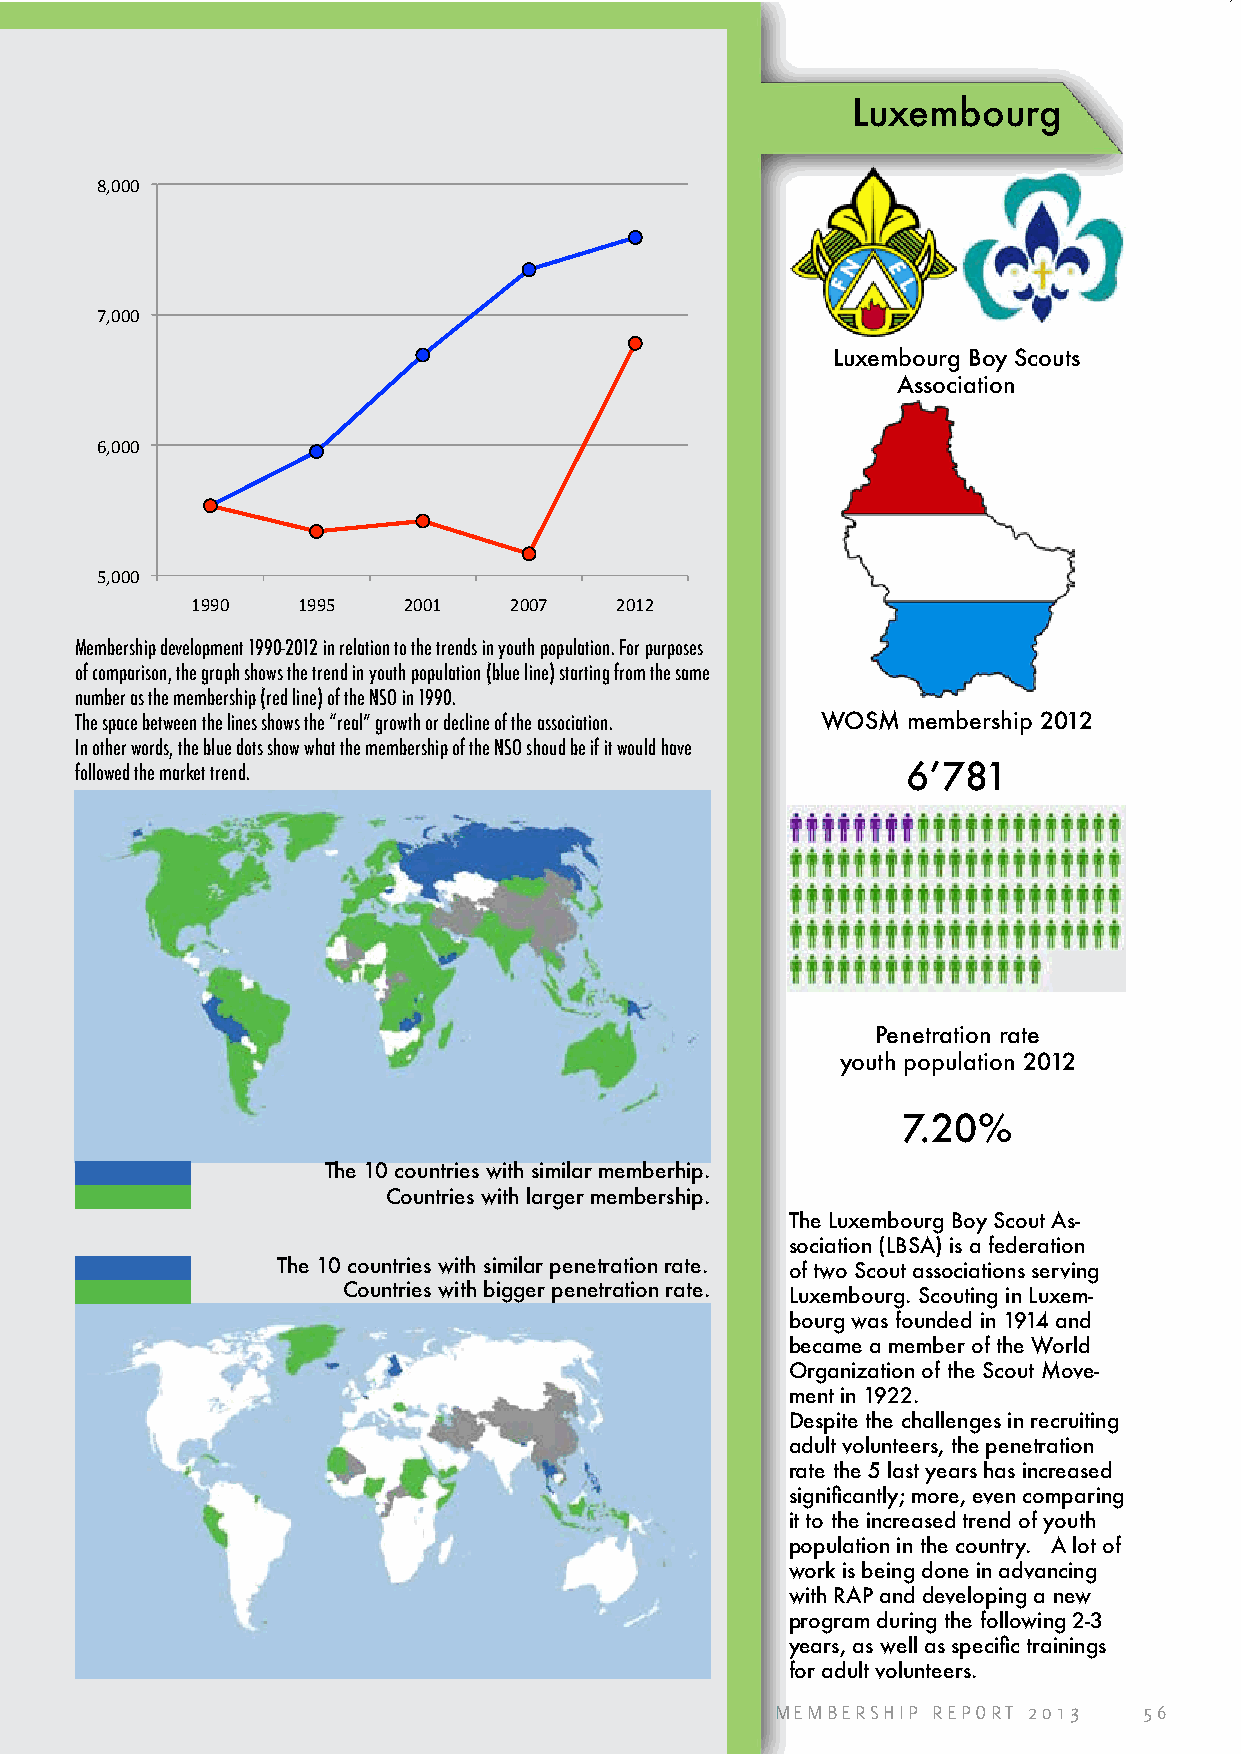
Luxembourg
 8,000
 7,000
 Luxembourg Boy Scouts
 Association
 6,000
 5,000
 1990   1995   2001   2007   2012
 Membership development 1990-2012 in relation to the trends in youth population. For purposes
 of comparison, the graph shows the trend in youth population (blue line) starting from the same
 number as the membership (red line) of the NSO in 1990.
 The space between the lines shows the “real” growth or decline of the association. WOSM membership 2012
 In other words, the blue dots show what the membership of the NSO shoud be if it would have
 followed the market trend.                             6’781
 Penetration rate
 youth population 2012
 7.20%
 The 10 countries with similar memberhip.
 Countries with larger membership.
 The Luxembourg Boy Scout As-
 sociation (LBSA) is a federation
 The 10 countries with similar penetration rate. of two Scout associations serving
 Countries with bigger penetration rate. Luxembourg. Scouting in Luxem-
 bourg was founded in 1914 and
 became a member of the World
 Organization of the Scout Move-
 ment in 1922.
 Despite the challenges in recruiting
 adult volunteers, the penetration
 rate the 5 last years has increased
 significantly; more, even comparing
 it to the increased trend of youth
 population in the country. A lot of
 work is being done in advancing
 with RAP and developing a new
 program during the following 2-3
 years, as well as specific trainings
 for adult volunteers.
 MEMBERSHIP REPORT 2013   56